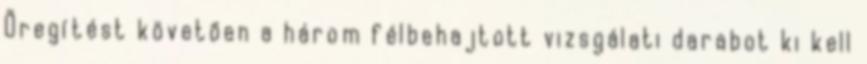
Öregítést követõen a három félbehajtott vizsgálati darabot ki kell